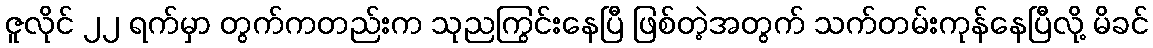
ဇူလိုင် ၂၂ ရက်မှာ တွက်ကတည်းက သုညကြွင်းနေပြီ ဖြစ်တဲ့အတွက် သက်တမ်းကုန်နေပြီလို့ မိခင်